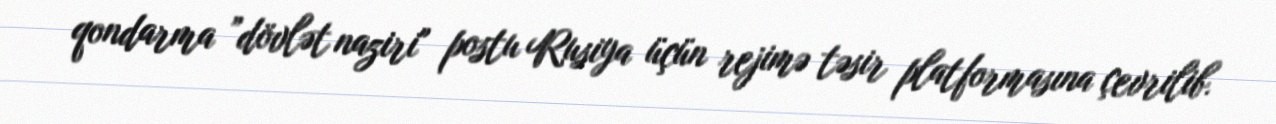
qondarma ”dövlət naziri" postu Rusiya üçün rejimə təsir platformasına çevrilib.